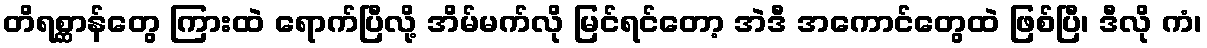
တိရစ္ဆာန်တွေ ကြားထဲ ရောက်ပြီလို့ အိမ်မက်လို မြင်ရင်တော့ အဲဒီ အကောင်တွေထဲ ဖြစ်ပြီ၊ ဒီလို ကံ၊